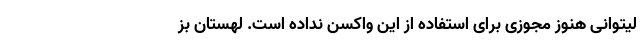
لیتوانی هنوز مجوزی برای استفاده از این واکسن نداده است. لهستان بز